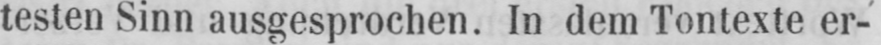
testen Sinn ausgesprochen. In dem Tontexte er-